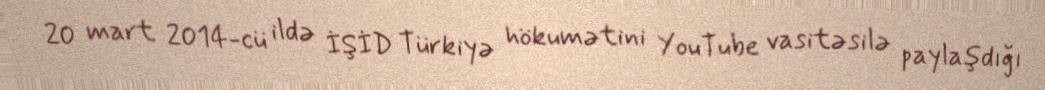
20 mart 2014-cü ildə İŞİD Türkiyə hökumətini YouTube vasitəsilə paylaşdığı